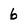
Character: 6